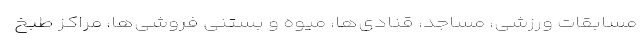
مسابقات ورزشی، مساجد، قنادی‌ها، میوه و بستنی فروشی‌ها، مراکز طبخ